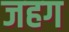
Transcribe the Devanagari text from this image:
जहग